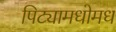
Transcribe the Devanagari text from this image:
पिट्यामधोमध